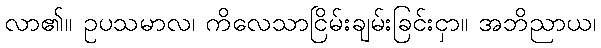
လာ၏။ ဥပသမာလ၊ ကိလေသာငြိမ်းချမ်းခြင်းငှာ။ အဘိညာယ၊